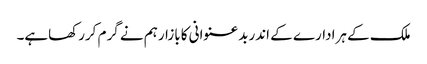
ملک کے ہرادارے کے اندربدعنوانی کابازارہم نے گرم کررکھاہے۔